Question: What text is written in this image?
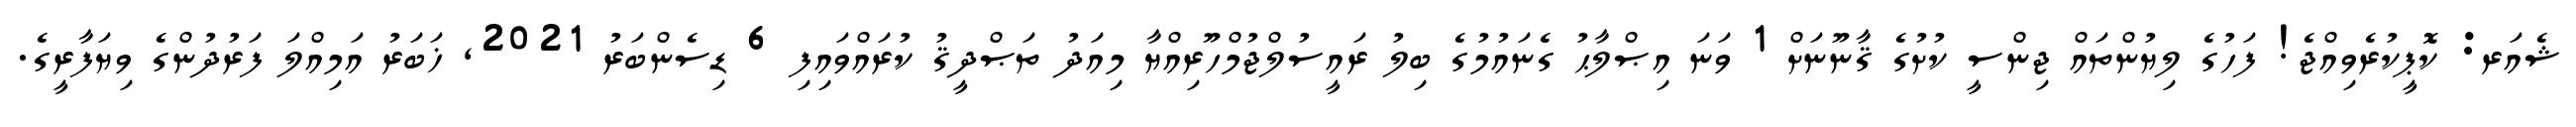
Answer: ޝެއަރ: ކޮޕީކުރެވިއްޖެ! ފަހުގެ ލިޔުންތައް ޖިންސީ ކުށުގެ ޤާނޫނަށް 1 ވަނަ އިޞްލާޙު ގެނައުމުގެ ބިލު ރައީސުލްޖުމްހޫރިއްޔާ މިއަދު ތަޞްދީޤު ކުރައްވައިފި 6 ޑިސެންބަރު 2021, ޚަބަރު އަމިއްލަ ފަރުދުންގެ ވިޔަފާރީގެ.